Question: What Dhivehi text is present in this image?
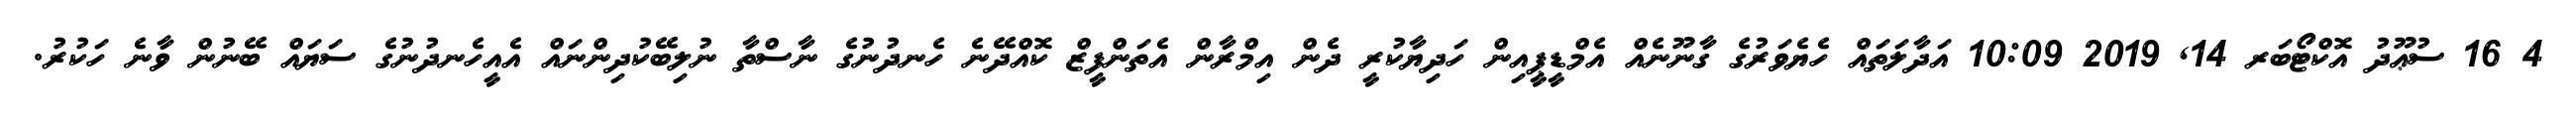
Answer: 4 16 ސުޢޫދު އޮކްޓޯބަރ 14, 2019 10:09 އަދާލަތައް ހެޔެވަރުގެ ގާނޫނެއް އެމްޑީޕީއިން ހަދިޔާކުރީ ދެން އިމްރާން އެތަންފީޒް ކޮއްދޭނެ ހެނދުނުގެ ނާސްތާ ނުލިބޭކުދިންނައް އެއީހެނދުނުގެ ސަޔައް ބޭނުން ވާނެ ހަކުރު.